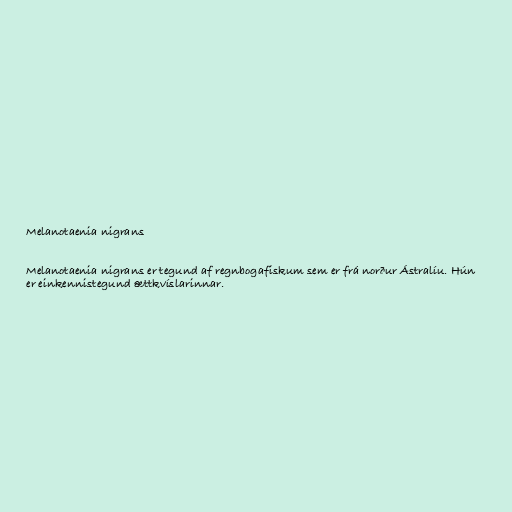
Melanotaenia nigrans

Melanotaenia nigrans er tegund af regnbogafiskum sem er frá norður Ástralíu. Hún
er einkennistegund ættkvíslarinnar.